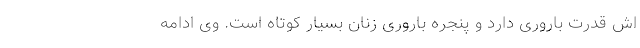
اش قدرت باروری دارد و پنجره باروری زنان بسیار کوتاه است. وی ادامه